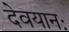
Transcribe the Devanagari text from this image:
देवयानः